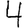
Digit: 4